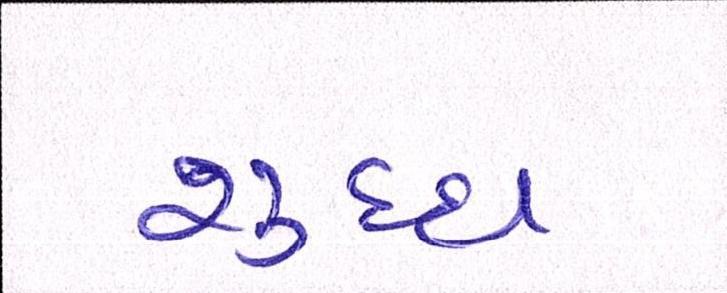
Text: શુધ્ધ